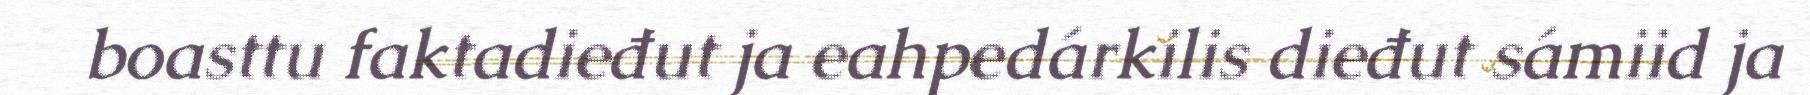
boasttu faktadieđut ja eahpedárkilis dieđut sámiid ja